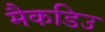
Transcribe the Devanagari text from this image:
मैकडिउ